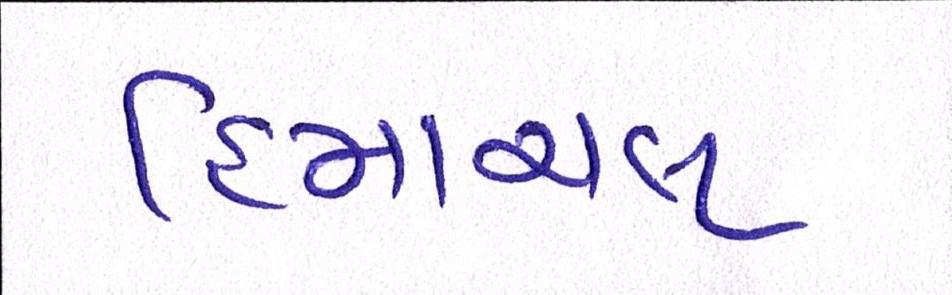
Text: હિમાચલ